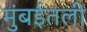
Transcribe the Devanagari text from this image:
मुंबईतली